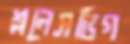
শ্ললেসভিগ